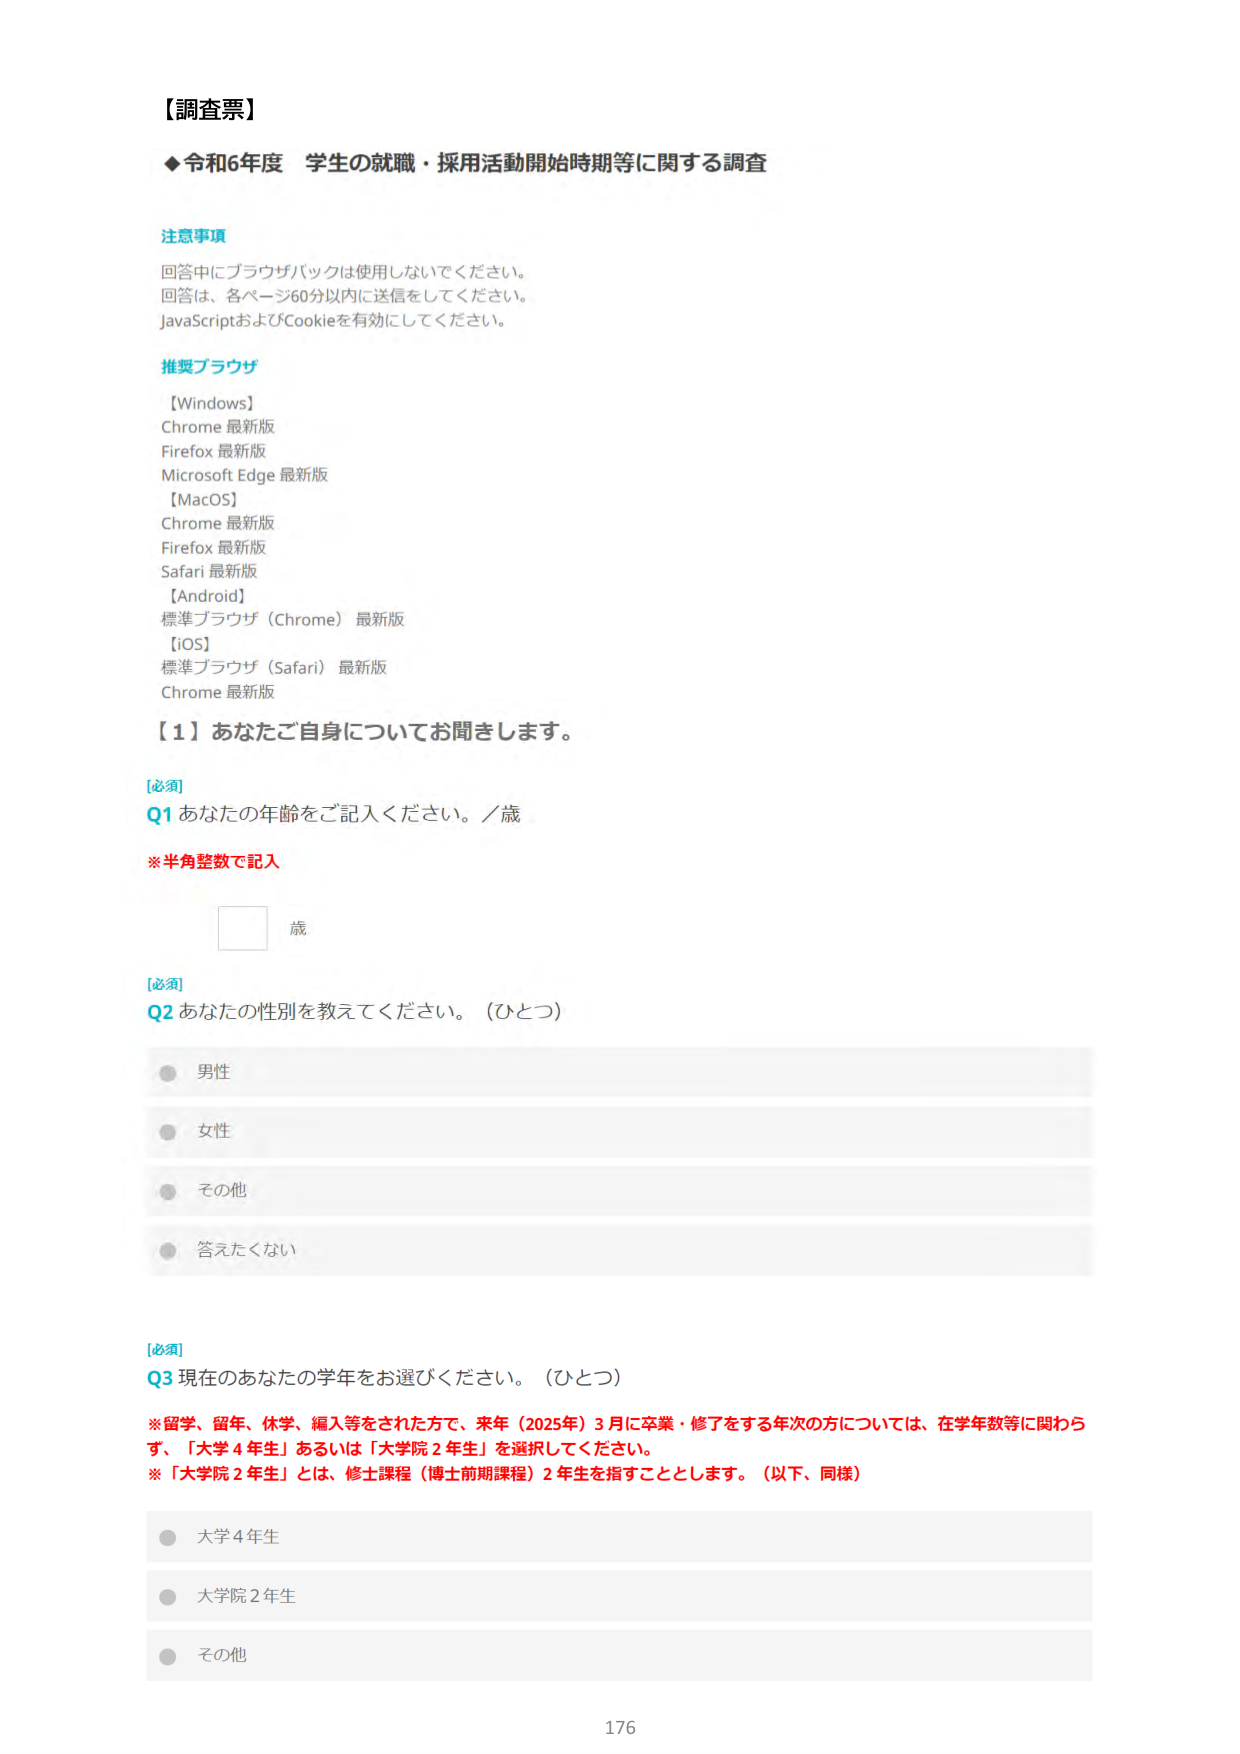
【調査票】

◆令和6年度 学生の就職・採用活動開始時期等に関する調査

注意事項
回答中にブラウザバックは使用しないでください。
回答は、各ページ60分以内に送信をしてください。
JavaScriptおよびCookieを有効にしてください。

推奨ブラウザ
【Windows】
Chrome 最新版
Firefox 最新版
Microsoft Edge 最新版
【MacOS】
Chrome 最新版
Firefox 最新版
Safari 最新版
【Android】
標準ブラウザ（Chrome）最新版
【iOS】
標準ブラウザ（Safari）最新版
Chrome 最新版

【1】あなたご自身についてお聞きします。

[必須]
Q1 あなたの年齢をご記入ください。／歳
※半角整数で記入
歳

[必須]
Q2 あなたの性別を教えてください。（ひとつ）
● 男性
● 女性
● その他
● 答えたくない

[必須]
Q3 現在のあなたの学年をお選びください。（ひとつ）
※留学、留年、休学、編入等をされた方で、来年（2025年）3月に卒業・修了をする年次の方については、在学年数等に関わらず、「大学4年生」あるいは「大学院2年生」を選択してください。
※「大学院2年生」とは、修士課程（博士前期課程）2年生を指すこととします。（以下、同様）
● 大学4年生
● 大学院2年生
● その他

176